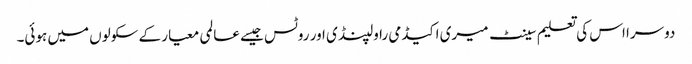
دوسرا اس کی تعلیم سینٹ میری اکیڈمی راولپنڈی اور روٹس جیسے عالمی معیار کے سکولوں میں ہوئی۔